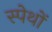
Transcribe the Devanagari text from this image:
स्पेथों